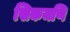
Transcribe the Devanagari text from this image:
सिकमणि